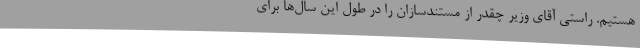
هستیم. راستی آقای وزیر چقدر از مستندسازان را در طول این سال‌ها برای